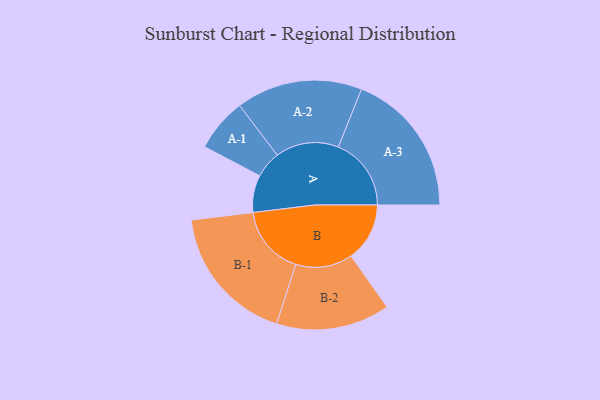
{"axis": {"x": "Segment", "y": "Value"}, "legend": ["", "A", "B"], "data": [{"x": "A", "y": 153, "type": ""}, {"x": "B", "y": 241, "type": ""}, {"x": "A-1", "y": 110, "type": "A"}, {"x": "A-2", "y": 260, "type": "A"}, {"x": "A-3", "y": 300, "type": "A"}, {"x": "B-1", "y": 287, "type": "B"}, {"x": "B-2", "y": 234, "type": "B"}]}